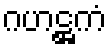
ဂဟဋ္ဌကံ